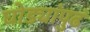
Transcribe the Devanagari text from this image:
घोड्यांपुढं